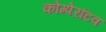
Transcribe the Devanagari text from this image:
कोम्पेरटिव